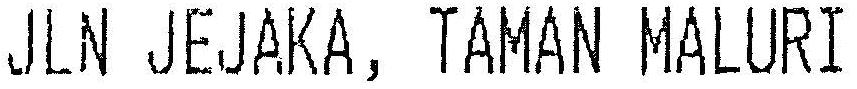
JLN JEJAKA, TAMAN MALURI